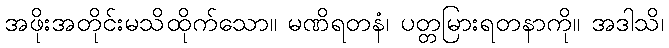
အဖိုးအတိုင်းမသိထိုက်သော။ မဏိရတနံ၊ ပတ္တမြားရတနာကို။ အဒါသိ၊